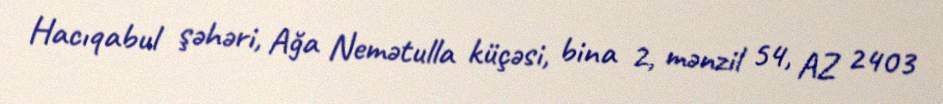
Hacıqabul şəhəri, Ağa Nemətulla küçəsi, bina 2, mənzil 54, AZ 2403